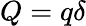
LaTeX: Q=q\delta